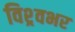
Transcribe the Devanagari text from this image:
विश्र्वभर